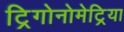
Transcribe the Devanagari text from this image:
ट्रिगोनोमेट्रिया